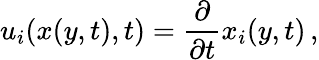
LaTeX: u_{i}(x(y,t),t)=\frac{\partial}{\partial{t}}x_{i}(y,t)\, ,